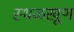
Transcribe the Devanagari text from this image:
स्थळखूण